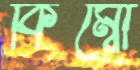
কিম্বো